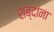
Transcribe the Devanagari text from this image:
शब्‍दांना